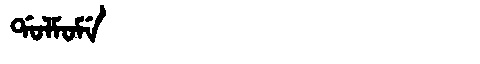
Manchu: ᡩᠣᠯᠮᠣᠮᡝ
Romanization: DOLMOME